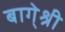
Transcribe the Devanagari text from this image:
बागे्श्री